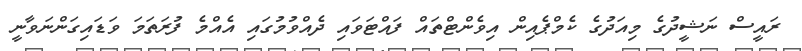
ރައީސް ނަޝީދުގެ މިއަދުގެ ކެމްޕެއިން އިވެންޓްތައް ފައްޓަވައި ދެއްވުމުގައި އެއްމެ ފުރަތަމަ ވަޑައިގަންނަވާނީ